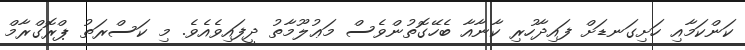
ކަންކަމާއި ހަށިގަނޑަށް ފައިދާހުރި ކާނާއާ ބެހޭގޮތުންވެސް މަޢުލޫމާތު ދީފައިވެއެވެ. މި ކަސްރަތު ޕްރޮގްރާމް